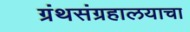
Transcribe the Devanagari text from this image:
ग्रंथसंग्रहालयाचा